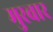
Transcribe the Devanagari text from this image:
मुरवार